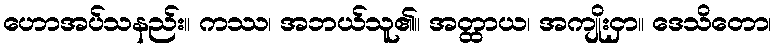
ဟောအပ်သနည်း။ ကဿ၊ အဘယ်သူ၏။ အတ္ထာယ၊ အကျိုးငှာ။ ဒေသိတော၊